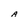
Character: A